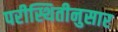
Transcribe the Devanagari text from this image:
परीस्थितीनुसार